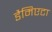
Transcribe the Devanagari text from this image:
डैमिएटा